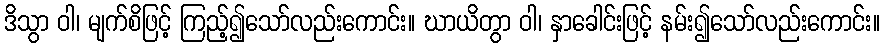
ဒိသွာ ဝါ၊ မျက်စိဖြင့် ကြည့်၍သော်လည်းကောင်း။ ဃာယိတွာ ဝါ၊ နှာခေါင်းဖြင့် နမ်း၍သော်လည်းကောင်း။